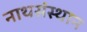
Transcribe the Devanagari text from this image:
नाथसंस्थान